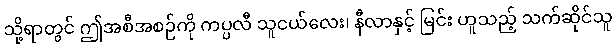
သို့ရာတွင် ဤအစီအစဉ်ကို ကပ္ပလီ သူငယ်လေး၊ နီလာနှင့် မြင်း ဟူသည့် သက်ဆိုင်သူ